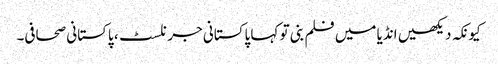
کیونکہ دیکھیں انڈیا میں فلم بنی تو کہا پاکستانی جرنلسٹ، پاکستانی صحافی۔